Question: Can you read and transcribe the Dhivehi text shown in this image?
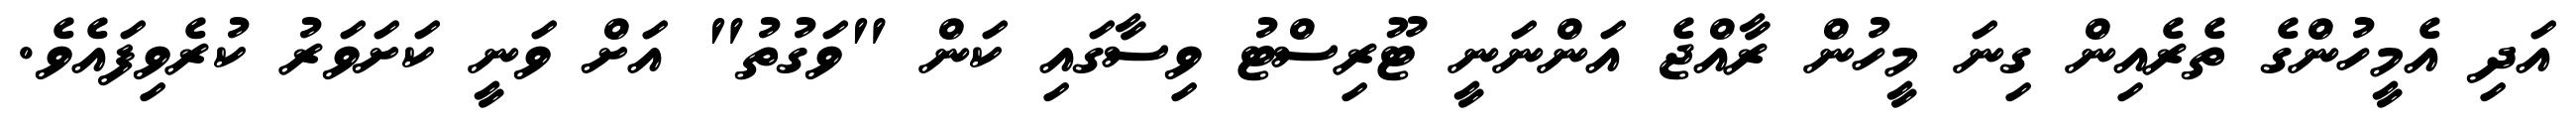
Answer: އަދި އެމީހުންގެ ތެރެއިން ގިނަ މީހުން ރާއްޖެ އަންނަނީ ޓޫރިސްޓު ވިސާގައި ކަން "ވަގުތު" އަށް ވަނީ ކަށަވަރު ކުރެވިފައެވެ.